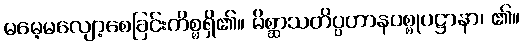
မမေ့မလျော့စေခြင်းကိစ္စရှိ၏။ မိစ္ဆာသတိပ္ပဟာနပစ္စုပဋ္ဌာနာ၊ ၏။